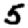
Digit: 5